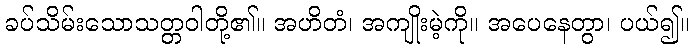
ခပ်သိမ်းသောသတ္တဝါတို့၏။ အဟိတံ၊ အကျိုးမဲ့ကို။ အပေနေတွာ၊ ပယ်၍။